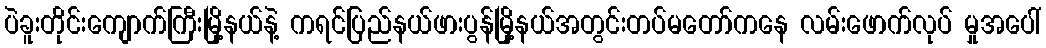
ပဲခူးတိုင်းကျောက်ကြီးမြို့နယ်နဲ့ ကရင်ပြည်နယ်ဖားပွန်မြို့နယ်အတွင်းတပ်မတော်ကနေ လမ်းဖောက်လုပ် မှုအပေါ်